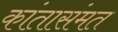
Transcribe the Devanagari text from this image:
कांतासंमत